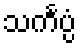
သင်္ကပ္ပံ